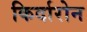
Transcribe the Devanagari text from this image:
किर्दारोन